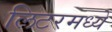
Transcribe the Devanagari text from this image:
लिटरमध्ये